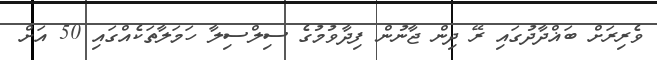
ވެރިރަށް ބަޣްދާދުގައި ރޭ ދިން ޖާނުން ފިދާވުމުގެ ސިލްސިލާ ހަމަލާތަކެއްގައި 50 އަށް